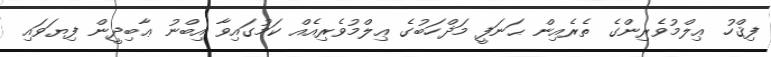
ފިޤްހު ޢިލްމުވެރިންގެ ތެރެއިން ޙަނަފީ މަޛްހަބުގެ ޢިލްމުވެރިއެއް ކަމުގައިވާ އިބްނު ޢާބިދީން ފިޔަވައި